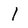
Character: 1